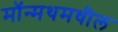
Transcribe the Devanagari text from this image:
मॉन्मथमधील